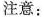
注意: